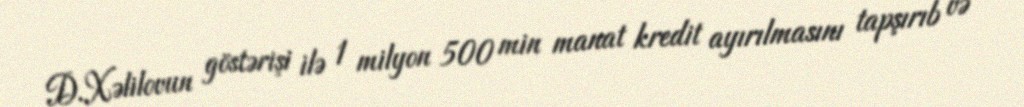
D.Xəlilovun göstərişi ilə 1 milyon 500 min manat kredit ayırılmasını tapşırıb və